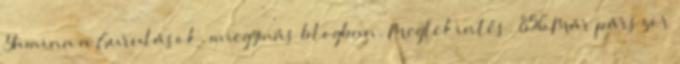
Yamina a Gurulások, miegymás blogban. Megtekintés: 856 Már párszor